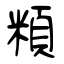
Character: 頪